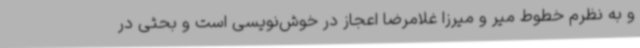
و به نظرم خطوط میر و میرزا غلامرضا اعجاز در خوش‌نویسی است و بحثی در